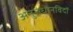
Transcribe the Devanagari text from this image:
अनुसंधानविदों